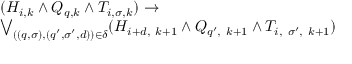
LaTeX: \begin{array} { l } { ( H _ { i , k } \land Q _ { q , k } \land T _ { i , \sigma , k } ) \to } \\ { \bigvee _ { ( ( q , \sigma ) , ( q ^ { \prime } , \sigma ^ { \prime } , d ) ) \in \delta } ( H _ { i + d , \ k + 1 } \land Q _ { q ^ { \prime } , \ k + 1 } \land T _ { i , \ \sigma ^ { \prime } , \ k + 1 } ) } \end{array}